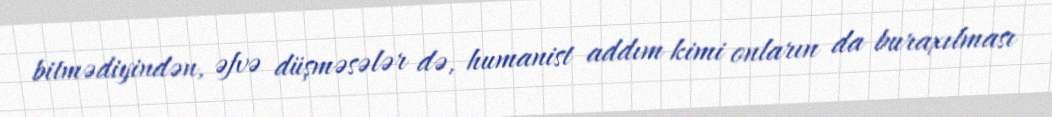
bitmədiyindən, əfvə düşməsələr də, humanist addım kimi onların da buraxılması